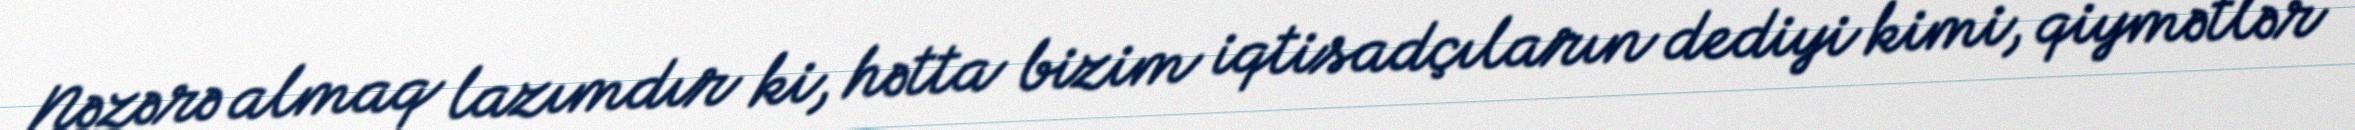
Nəzərə almaq lazımdır ki, hətta bizim iqtisadçıların dediyi kimi, qiymətlər